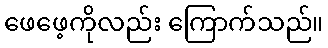
ဖေဖေ့ကိုလည်း ကြောက်သည်။